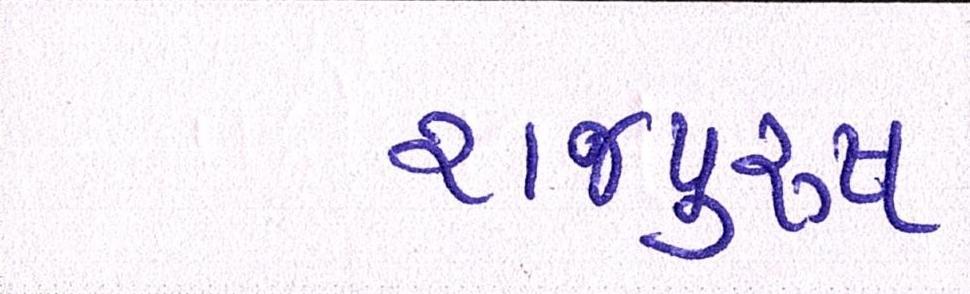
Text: રાજપુરુષ